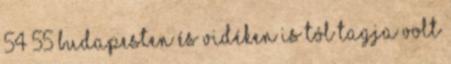
54 55 Budapesten és vidéken is tól tagja volt